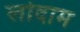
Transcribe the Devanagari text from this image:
लोदाम